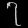
Digit: ၇